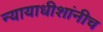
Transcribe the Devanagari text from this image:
न्यायाधीशांनीच